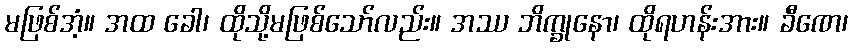
မဖြစ်အံ့။ အထ ခေါ၊ ထိုသို့မဖြစ်သော်လည်း။ အဿ ဘိက္ခုနော၊ ထိုရဟန်းအား။ ခီဏေ၊